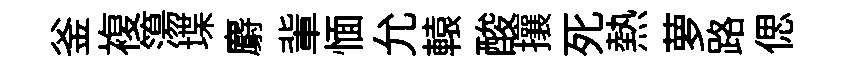
釜複簜堞麝軰愐允轅酸攘死熱萝路偲